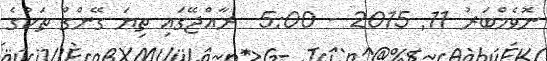
ނޮވެމްބަރު 11